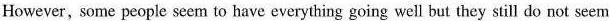
However, some people seem to have everything going well but they still do not seem